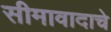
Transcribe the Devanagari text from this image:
सीमावादाचे